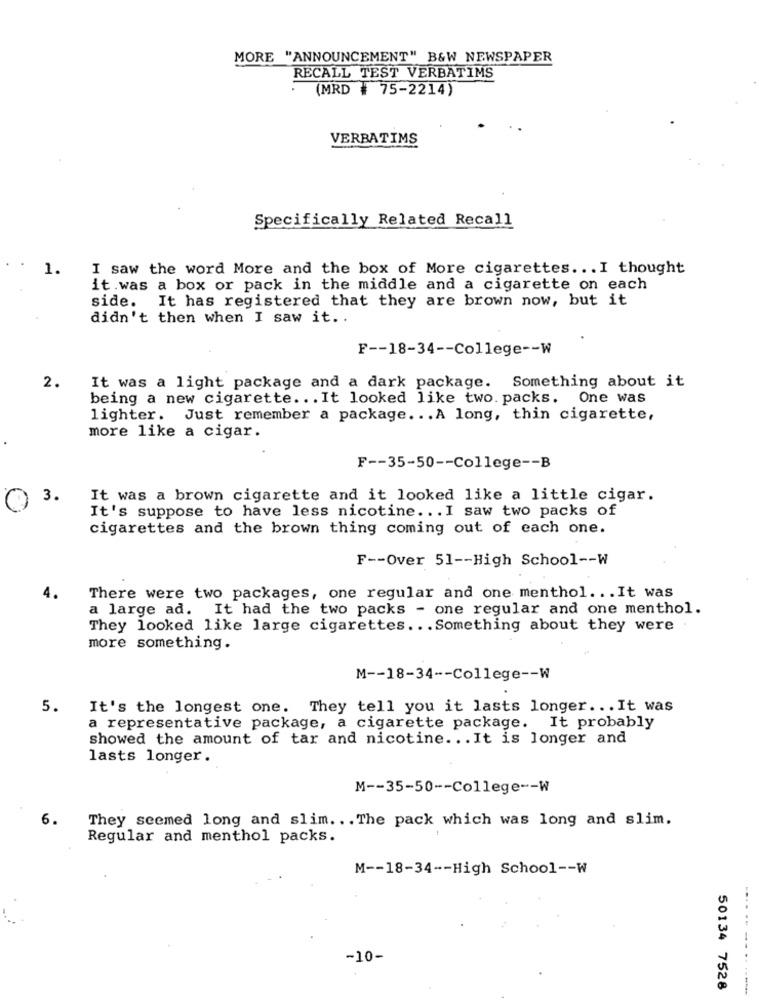
MORE "ANNOUNCEMENT" B&W NEWSPAPER
RECALL TEST VERBATIMS
(MRD # 75-2214)
VERBATIMS
Specifically Related Recall
1.
I saw the word More and the box of More cigarettes ... I thought
it.was a box or pack in the middle and a cigarette on each
side. It has registered that they are brown now, but it
didn't then when I saw it ..
F -- 18-34 -- College -- W
2.
It was a light package and a dark package. Something about it
being a new cigarette. .. It looked like two. packs. One was
lighter. Just remember a package ... A long, thin cigarette,
more like a cigar.
F -- 35-50 -- College -- B
3.
It was a brown cigarette and it looked like a little cigar.
It's suppose to have less nicotine ... I saw two packs of
cigarettes and the brown thing coming out of each one.
F -- Over 51 -- High School -- W
4.
There were two packages, one regular and one menthol ... It was
a large ad. It had the two packs - one regular and one menthol.
They looked like large cigarettes .. . Something about they were
more something.
M -- 18-34 -- College -- W
5.
It's the longest one. They tell you it lasts longer ... It was
a representative package, a cigarette package. It probably
showed the amount of tar and nicotine. .. It is longer and
lasts longer.
M -- 35-50 -- College -- W
6.
They seemed long and slim. . . The pack which was long and slim.
Regular and menthol packs.
M -- 18-34 -- High School -- W
-10-
50134 7528
--